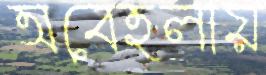
অবেহলায়